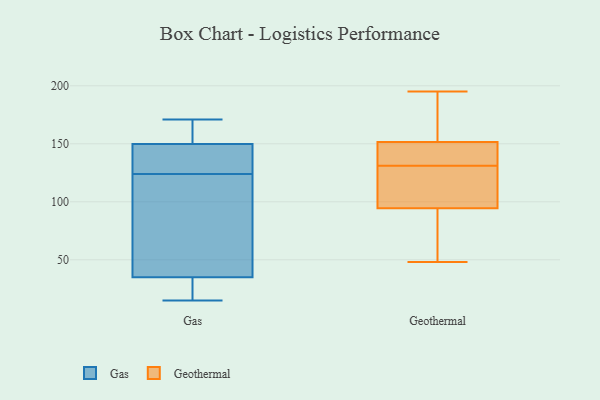
{"axis": {"x": "Operating Costs (USD K)", "y": "Value"}, "legend": ["Gas", "Geothermal"], "data": [{"x": "", "y": 162, "type": "Gas"}, {"x": "", "y": 164, "type": "Gas"}, {"x": "", "y": 124, "type": "Gas"}, {"x": "", "y": 24, "type": "Gas"}, {"x": "", "y": 151, "type": "Gas"}, {"x": "", "y": 124, "type": "Gas"}, {"x": "", "y": 68, "type": "Gas"}, {"x": "", "y": 17, "type": "Gas"}, {"x": "", "y": 18, "type": "Gas"}, {"x": "", "y": 169, "type": "Gas"}, {"x": "", "y": 145, "type": "Gas"}, {"x": "", "y": 15, "type": "Gas"}, {"x": "", "y": 171, "type": "Gas"}, {"x": "", "y": 117, "type": "Gas"}, {"x": "", "y": 89, "type": "Gas"}, {"x": "", "y": 83, "type": "Gas"}, {"x": "", "y": 23, "type": "Gas"}, {"x": "", "y": 144, "type": "Gas"}, {"x": "", "y": 146, "type": "Gas"}, {"x": "", "y": 131, "type": "Geothermal"}, {"x": "", "y": 147, "type": "Geothermal"}, {"x": "", "y": 62, "type": "Geothermal"}, {"x": "", "y": 135, "type": "Geothermal"}, {"x": "", "y": 195, "type": "Geothermal"}, {"x": "", "y": 84, "type": "Geothermal"}, {"x": "", "y": 153, "type": "Geothermal"}, {"x": "", "y": 137, "type": "Geothermal"}, {"x": "", "y": 103, "type": "Geothermal"}, {"x": "", "y": 177, "type": "Geothermal"}, {"x": "", "y": 104, "type": "Geothermal"}, {"x": "", "y": 96, "type": "Geothermal"}, {"x": "", "y": 102, "type": "Geothermal"}, {"x": "", "y": 75, "type": "Geothermal"}, {"x": "", "y": 165, "type": "Geothermal"}, {"x": "", "y": 133, "type": "Geothermal"}, {"x": "", "y": 94, "type": "Geothermal"}, {"x": "", "y": 48, "type": "Geothermal"}, {"x": "", "y": 171, "type": "Geothermal"}]}